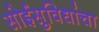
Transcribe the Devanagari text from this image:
सोईसुविधांचा